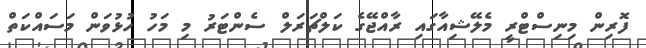
ފޮރިން މިނިސްޓްރީ މެލޭޝިއާގައި ރާއްޖޭގެ ކަލްޗަރަލް ސެންޓަރު މި މަހު ހުޅުވަން މަަސައްކަތް